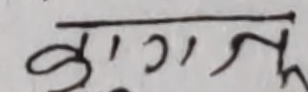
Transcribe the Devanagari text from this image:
कुरुक